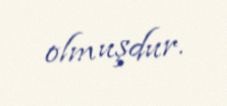
olmuşdur.